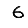
Digit: 6